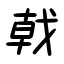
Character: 戟